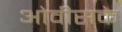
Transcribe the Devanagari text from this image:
ओवीसके